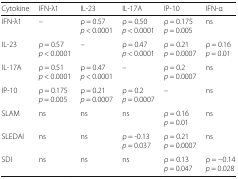
| Cytokine | IFN-λ1 | IL-23 | IL-17A | IP-10 | IFN-α |
 | --- | --- | --- | --- | --- | --- |
 | IFN-λ1 | – | ρ = 0.57p < 0.0001 | ρ = 0.50p < 0.0001 | ρ = 0.175p = 0.005 | ns |
 | IL-23 | ρ = 0.57p < 0.0001 | – | ρ = 0.47p < 0.0001 | ρ = 0.21p = 0.0007 | ρ = 0.16p = 0.01 |
 | IL-17A | ρ = 0.51p < 0.0001 | ρ = 0.47p < 0.0001 | – | ρ = 0.2p = 0.0007 | ns |
 | IP-10 | ρ = 0.175p = 0.005 | ρ = 0.21p = 0.0007 | ρ = 0.2p = 0.0007 | – | ns |
 | SLAM | ns | ns | ns | ρ = 0.16p = 0.01 | ns |
 | SLEDAI | ns | ns | ρ = -0.13p = 0.037 | ρ = 0.21p = 0.0007 | ns |
 | SDI | ns | ns | ns | ρ = 0.13p = 0.047 | ρ = −0.14p = 0.028 |